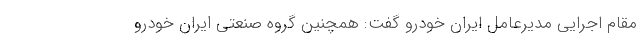
مقام اجرایی مدیرعامل ایران خودرو گفت: همچنین گروه صنعتی ایران خودرو